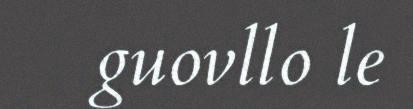
guovllo le